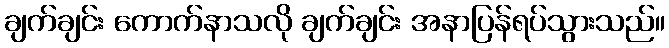
ချက်ချင်း ကောက်နာသလို ချက်ချင်း အနာပြန်ရပ်သွားသည်။